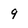
Character: q